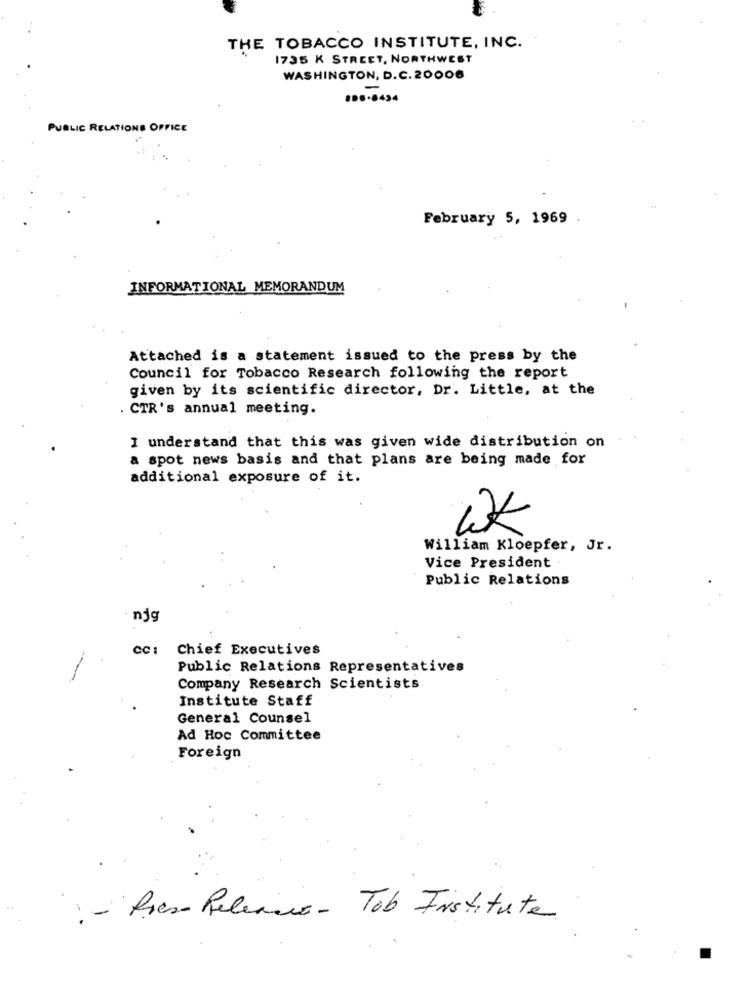
THE TOBACCO INSTITUTE, INC.
1735 K STREET, NORTHWEST
WASHINGTON, D.C. 20006
-
..... 434
PUBLIC RELATIONS OFFICE
February 5, 1969 .
INFORMATIONAL MEMORANDUM
Attached is a statement issued to the press by the
Council for Tobacco Research following the report
given by its scientific director, Dr. Little, at the
. CTR's annual meeting.
I understand that this was given wide distribution on
a spot news basis and that plans are being made for
additional exposure of it.
William Kloepfer, Jr.
Vice President.
Public Relations
njg
Chief Executives
Public Relations Representatives
Company Research Scientists
Institute Staff
General Counsel
Ad Hoc Committee
Foreign
- Press Release - Tob Institute